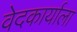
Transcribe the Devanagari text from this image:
वेदकार्याला